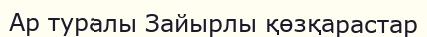
Ар туралы Зайырлы қөзқарастар